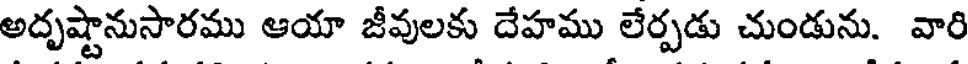
అదృష్టానుసారము ఆయా జీవులకు దేహము లేర్పడు చుండును. వారి